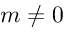
m \neq 0